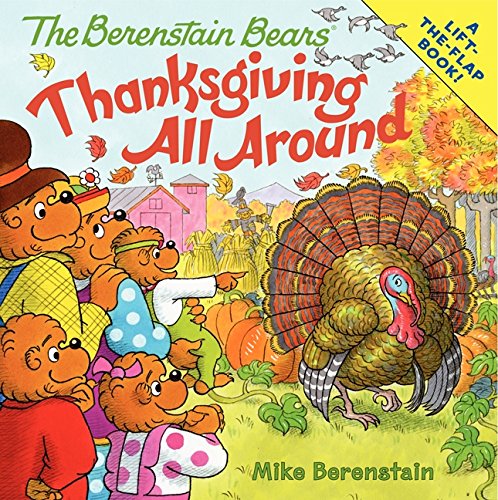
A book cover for The Berenstain Bears: Thanksgiving All Around; Mike Berenstain; Children's Books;